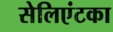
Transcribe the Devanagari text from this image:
सेलिएंटका